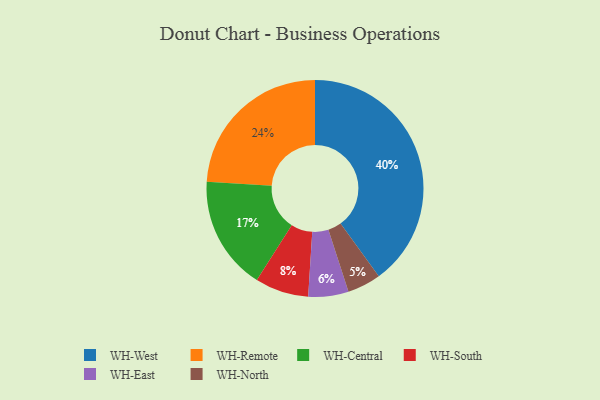
{"axis": {"x": "Category", "y": "Percentage"}, "legend": ["WH-Central", "WH-East", "WH-North", "WH-Remote", "WH-South", "WH-West"], "data": [{"x": "WH-Central", "y": 17, "type": "WH-Central"}, {"x": "WH-South", "y": 8, "type": "WH-South"}, {"x": "WH-East", "y": 6, "type": "WH-East"}, {"x": "WH-North", "y": 5, "type": "WH-North"}, {"x": "WH-Remote", "y": 24, "type": "WH-Remote"}, {"x": "WH-West", "y": 40, "type": "WH-West"}]}